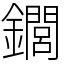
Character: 䥨